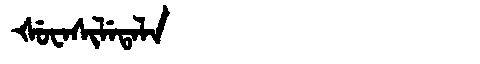
Manchu: ᡧᡠᠸᠠᠰᡳᠯᡝᡨᠠᠯᠠ
Romanization: ŠUWASILETALA